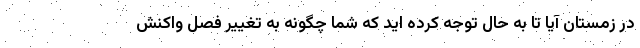
در زمستان آیا تا به حال توجه کرده اید که شما چگونه به تغییر فصل واکنش